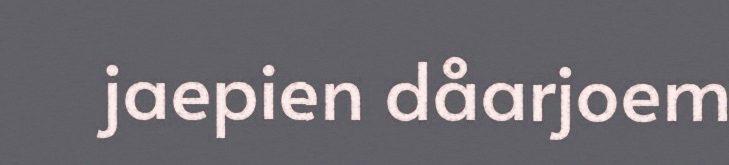
jaepien dåarjoem